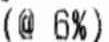
(@ 6%)